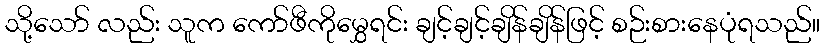
သို့သော် လည်း သူက ကော်ဖီကိုမွှေရင်း ချင့်ချင့်ချိန်ချိန်ဖြင့် စဉ်းစားနေပုံရသည်။